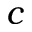
c